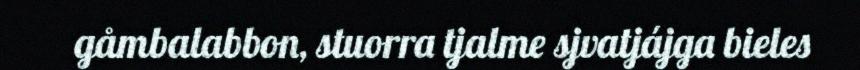
gåmbalabbon, stuorra tjalme sjvatjájga bieles